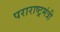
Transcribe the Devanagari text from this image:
पराराष्ट्रमंत्री